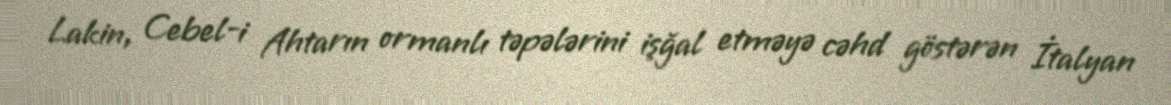
Lakin, Cebel-i Ahtarın ormanlı təpələrini işğal etməyə cəhd göstərən İtalyan